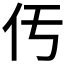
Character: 𠆬